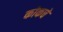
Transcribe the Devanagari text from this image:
कोकचे